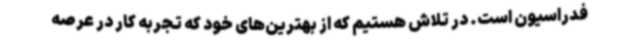
فدراسیون است. در تلاش هستیم که از بهترین‌های خود که تجربه کار در عرصه